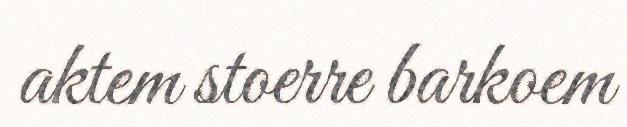
aktem stoerre barkoem